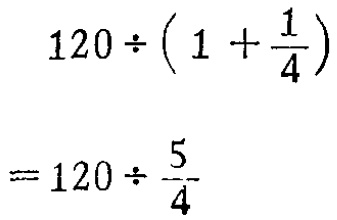
\[

\begin{align*}

120\div\left(1 + \frac{1}{4}\right)&\\

=120\div\frac{5}{4}&

\end{align*}

\]